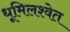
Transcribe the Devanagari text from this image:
धूमिलश्वेत